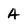
Character: A